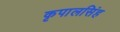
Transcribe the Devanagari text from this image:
कृपालसिंह